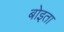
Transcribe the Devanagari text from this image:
बोइता